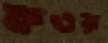
কওয়া